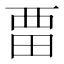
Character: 𭻌